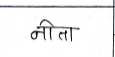
मजकूर: नीता